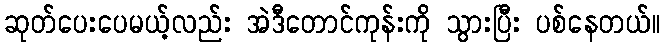
ဆုတ်ပေးပေမယ့်လည်း အဲဒီတောင်ကုန်းကို သွားပြီး ပစ်နေတယ်။